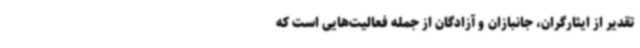
تقدیر از ایثارگران، جانبازان و آزادگان از جمله فعالیت‌هایی است که